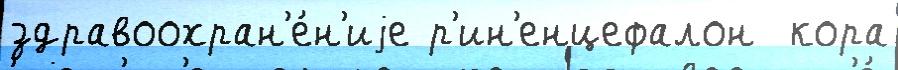
здравоохран'е́н'иjе р'ин'енцефалон  кора